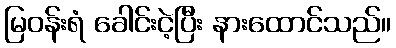
မြဝန်းရံ ခေါင်းငဲ့ပြီး နားထောင်သည်။